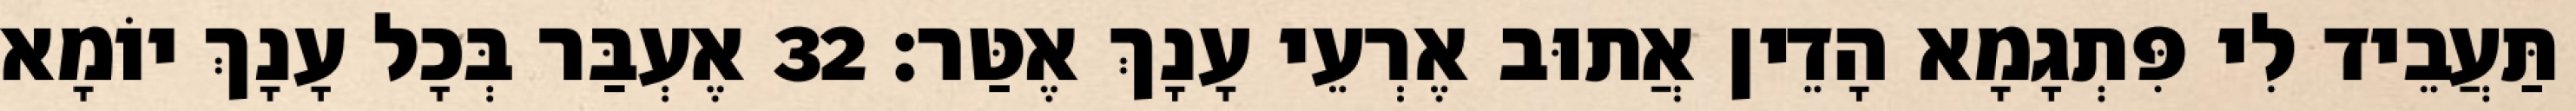
תַּעֲבֵיד לִי פִּתְגָמָא הָדֵין אֲתוּב אֶרְעֵי עָנָךְ אֶטַּר׃ 32 אֶעְבַּר בְּכָל עָנָךְ יוֹמָא